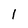
Character: 1